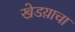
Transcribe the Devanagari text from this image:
खेडय़ाचा